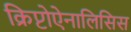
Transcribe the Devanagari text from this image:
क्रिप्टोऐनालिसिस